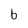
Character: b